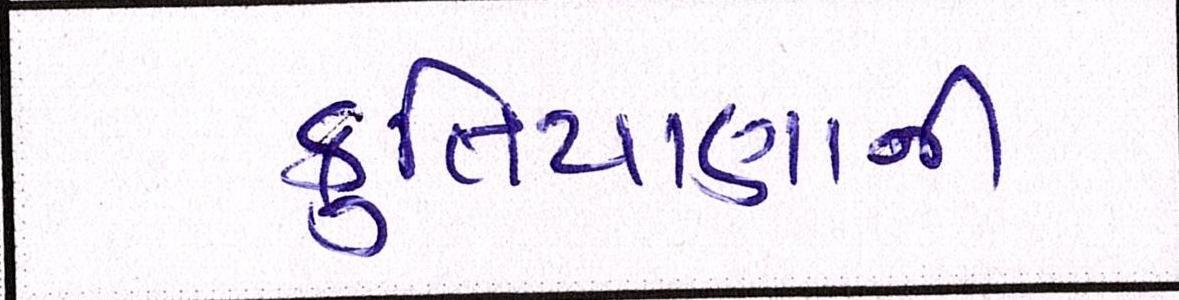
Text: કુતિયાણાની